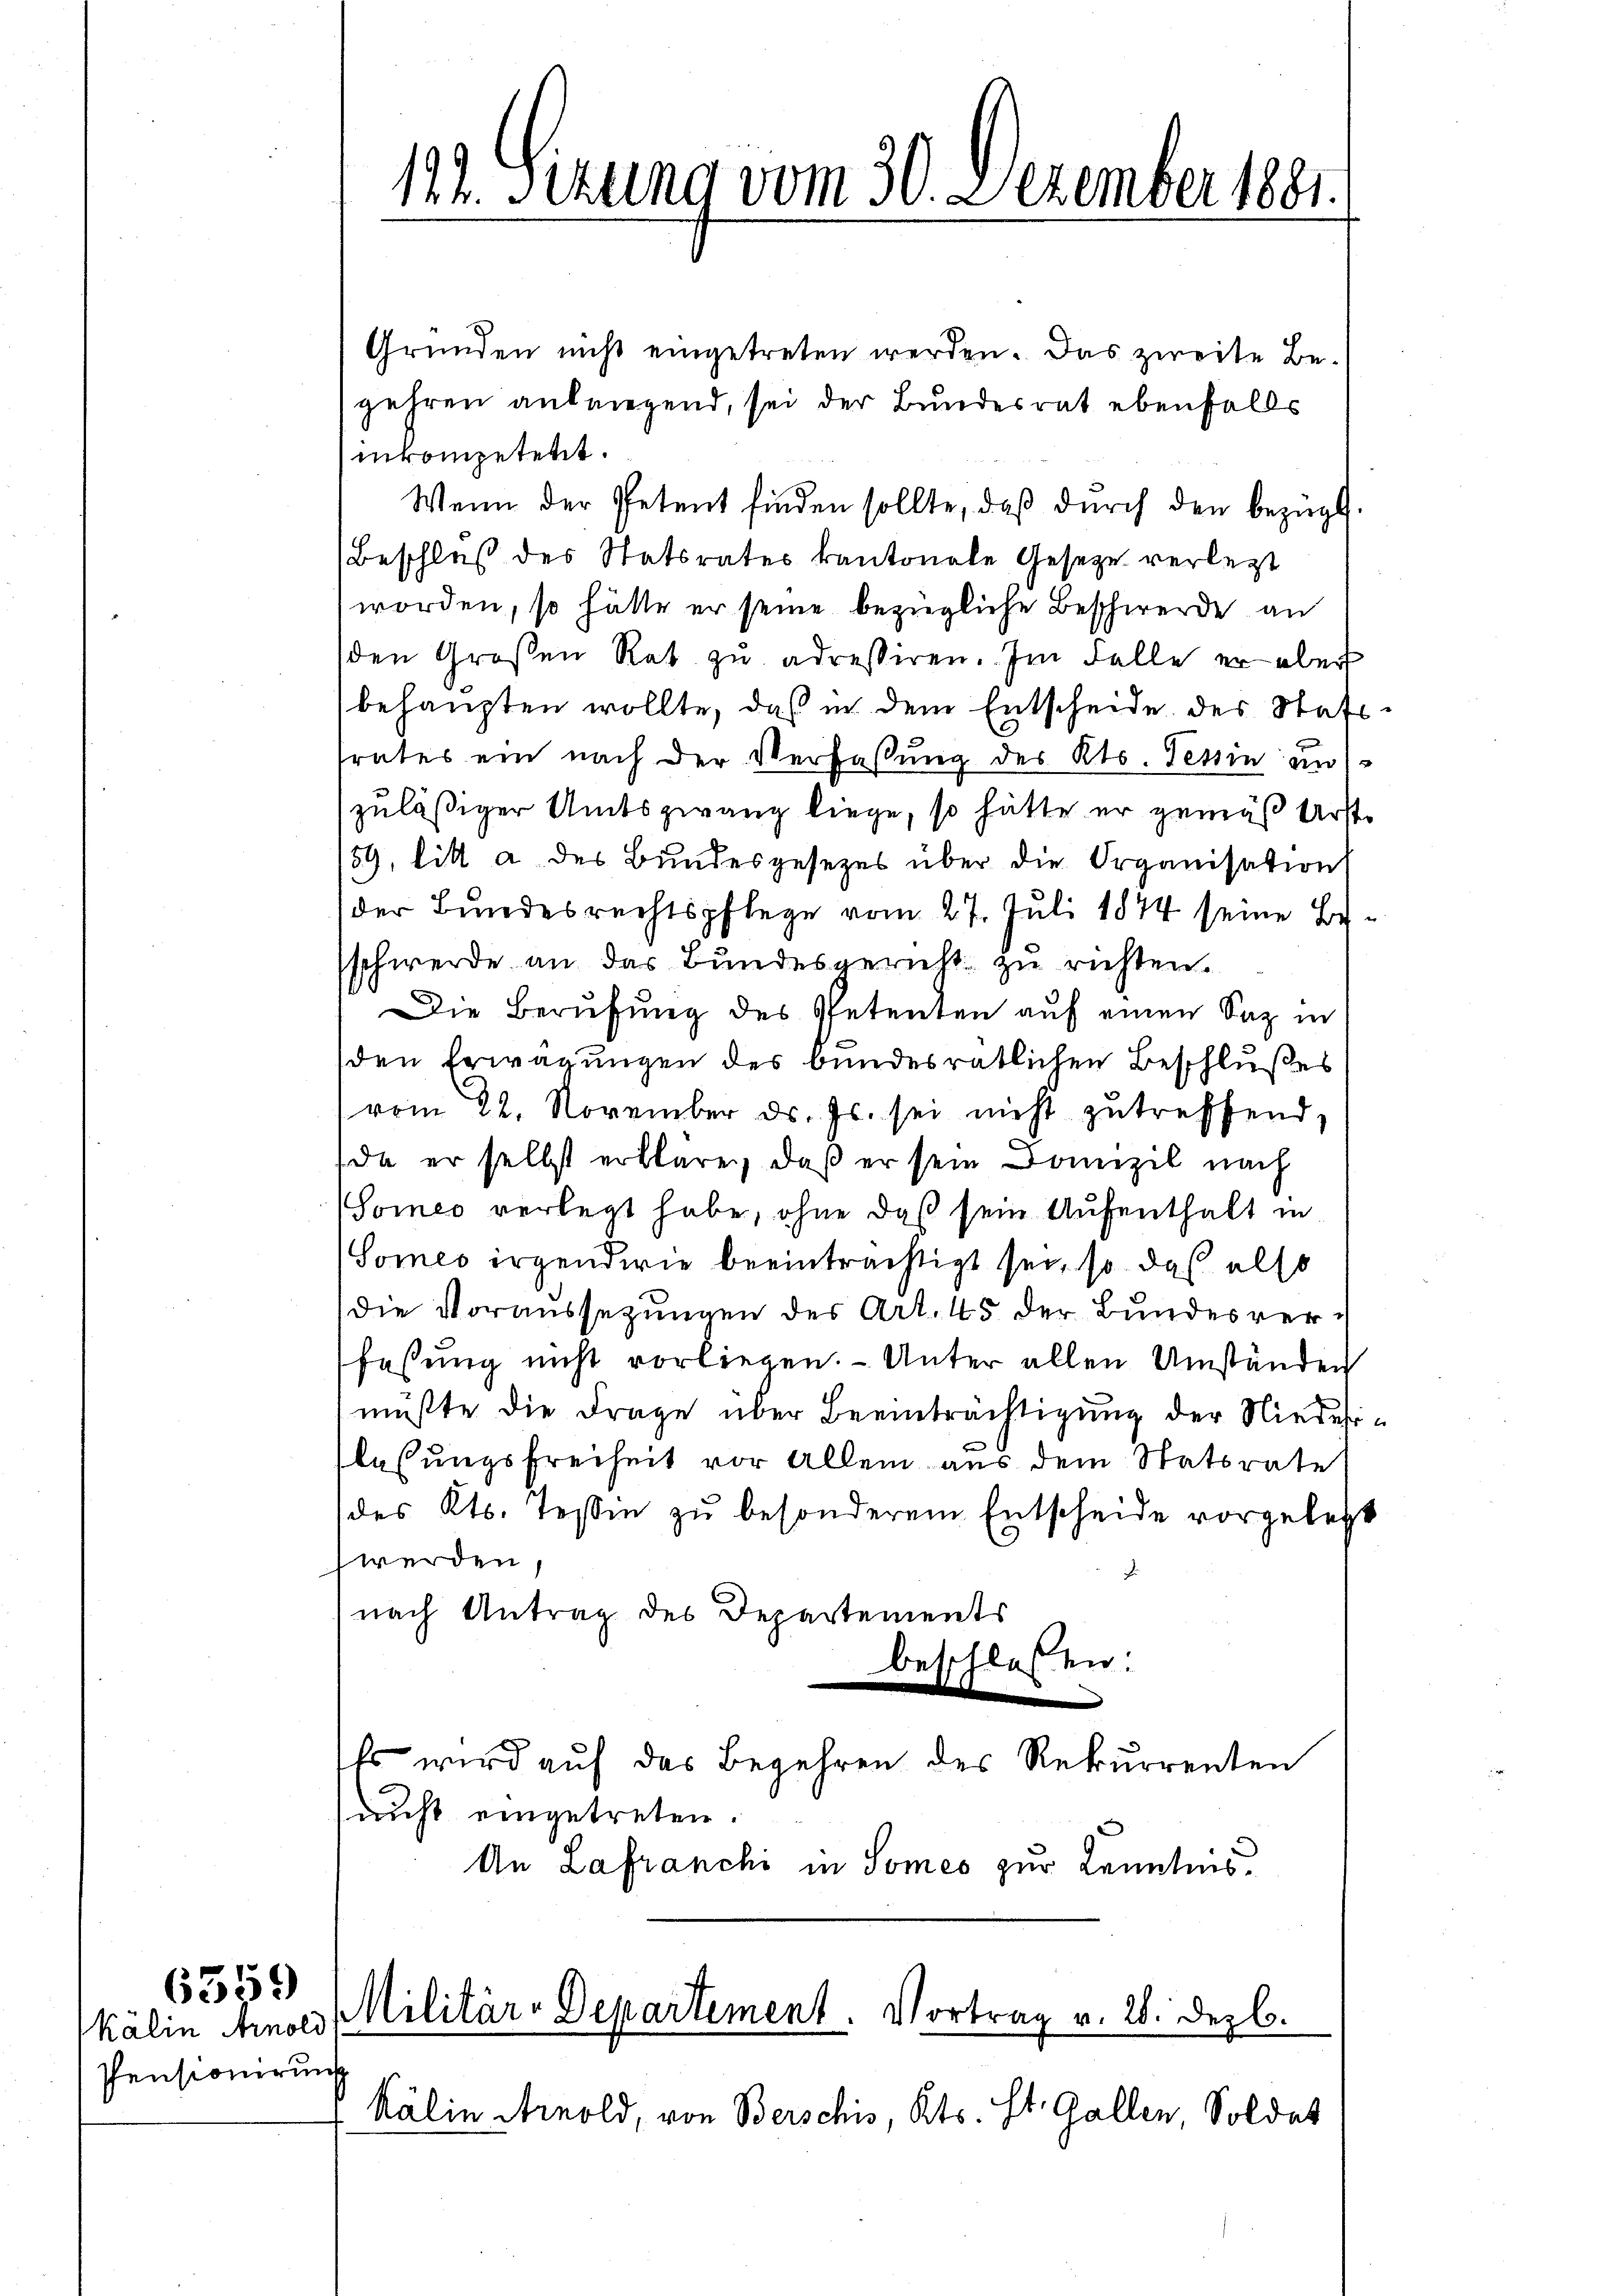
6359)

Kälin Arnold
Pensionirung

Gründen nicht eingetreten werden. Das zweite Be-
gehren anbrigend, sei der Bundesrat ebenfalls
inkompetetet.
Wenn der Petent finden sollte, daβ dŭrch den bezügl.
Beschluß des Statsrates kantonale Gesetze verletzt
worden, so hätte er seine bezügliche Beschwerde an
den Großen Rat zŭ adressiren. Im Falle er aber
behaupten wollte, daß in dem Entscheide des Statttrates ein nach der Verfassung des Kts. Tessin un
zuläßiger Amtszwang liege, so hätte er gemäß Urst¬
59, litt a des Bundesgesezes über die Organisation
der Bundesrechtspflege vom 27. Juli 1874 seine Beschwerde an das Bundesgericht zu richten.
Die Berufung des Petenten auf einen Saz in
den Erwägungen des bundesrätlichen Beschlußes
vom 22. November ds. Js. sei nicht zutreffend,
da er selbst erkläre, daß er sein Domizil nach
(Someo verlegt habe, ohne daß sein Aufenthalt in
Someo irgendwie beeinträchtigt sei, so daß also
die Voraussezungen des Art. 45 der Bundesverfassung nicht vorliegen. - Unter allen Umständen
müßte die Frage über Beeinträchtigung der Niederlesungsfreiheit vor Allem aus dem Statsrate
des Kts. Tessin zu besonderem Entscheide vorgelegt
werden,
.
nach Antrag des Departements
beschloßen:
w
Es wird auf das Begehren des Rekurrenten
(nicht eingetreten.
An Lafranchi in Somes zur Kenntnis.

Kälin Arnold, von Berschis, Kts. St. Gallen, Soldet

112. Sizung vom 30. Dezember 1881.

Militär-Departement. Vortrag v. 28. Dezb.